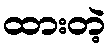
ထားတဲ့